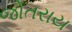
જોતરાય